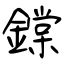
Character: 鏿